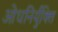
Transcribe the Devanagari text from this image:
ओधनिर्युक्ति